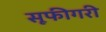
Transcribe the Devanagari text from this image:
सूफीगरी